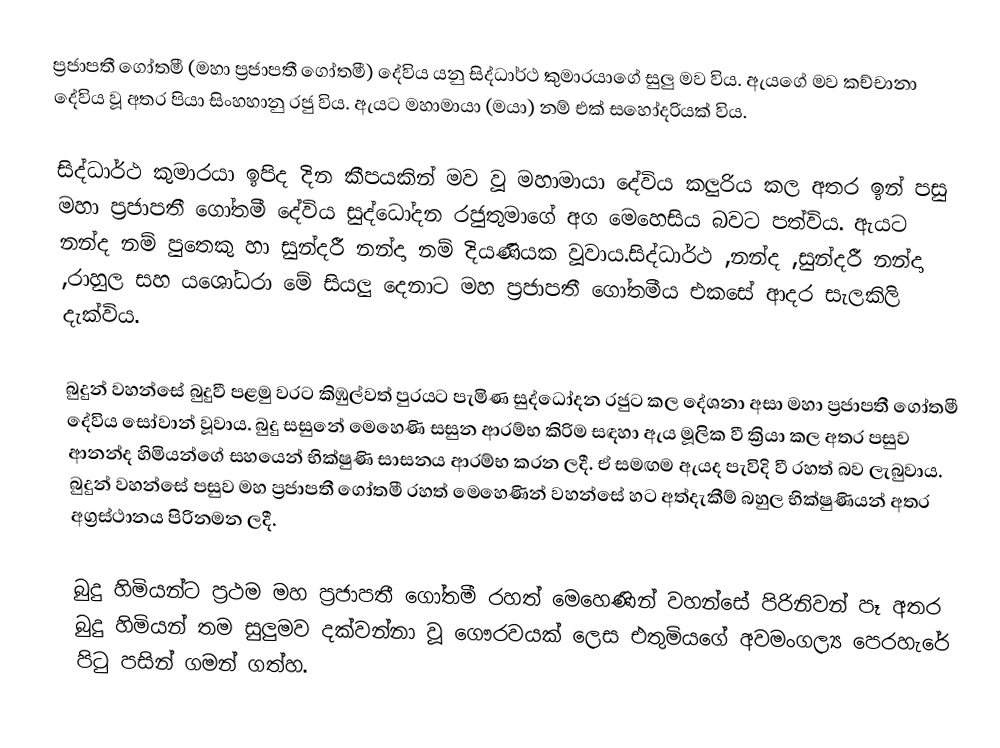
ප්‍රජාපතී ගෝතමී (මහා ප්‍රජාපතී ගෝතමී) දේවිය යනු සිද්ධාර්ථ කුමාරයාගේ සුලු මව විය. ඇයගේ මව කච්චානා දේවිය වූ අතර පියා සිංහහානු රජු විය. ඇයට මහාමායා (මයා) නම් එක් සහෝදරියක් විය.

සිද්ධාර්ථ කුමාරයා ඉපිද දින කීපයකින් මව වූ මහාමායා දේවිය කලුරිය කල අතර ඉන් පසු මහා ප්‍රජාපතී ගෝතමී දේවිය සුද්ධෝදන රජුතුමාගේ අග මෙහෙසිය බවට පත්විය. ඇයට නන්ද නම් පුතෙකු හා සුන්දරී නන්දා නම් දියණියක වූවාය.සිද්ධාර්ථ ,නන්ද ,සුන්දරී නන්දා ,රාහුල සහ යශෝධරා මේ සියලු දෙනාට මහ ප්‍රජාපතී ගෝතමීය එකසේ ආදර සැලකිලි දැක්විය.

බුදුන් වහන්සේ බුදුවී පළමු වරට කිඹුල්වත් පුරයට පැමිණ සුද්ධෝදන රජුට කල දේශනා අසා මහා ප්‍රජාපතී ගෝතමී දේවිය සෝවාන් වූවාය. බුදු සසුනේ මෙහෙණි සසුන ආරම්භ කිරිම සඳහා ඇය මූලික වී ක්‍රියා කල අතර පසුව ආනන්ද හිමියන්ගේ සහයෙන් භික්ෂුණි සාසනය ආරම්භ කරන ලදී. ඒ සමඟම ඇයද පැවිදි වී රහත් බව ලැබුවාය. බුදුන් වහන්සේ පසුව මහ ප්‍රජාපතී ගෝතමී රහත් මෙහෙණින් වහන්සේ හට අත්දැකීම් බහුල භික්ෂුණියන් අතර අග්‍රස්ථානය පිරිනමන ලදී.

බුදු හිමියන්ට ප්‍රථම මහ ප්‍රජාපතී ගෝතමී රහත් මෙහෙණින් වහන්සේ පිරිනිවන් පෑ අතර බුදු හිමියන් තම සුලුමව දක්වන්නා වූ ගෞරවයක් ලෙස එතුමියගේ අවමංගල්‍ය පෙරහැරේ පිටු පසින් ගමන් ගත්හ.